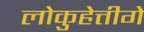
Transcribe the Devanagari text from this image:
लोकुहेत्तीगे